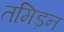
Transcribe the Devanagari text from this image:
तमिड़न